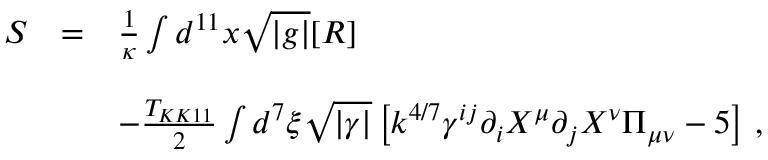
\begin{array} { r c l } { { S } } & { { = } } & { { { \frac { 1 } { \kappa } } \int d ^ { 1 1 } x \sqrt { | g | } [ R ] } } \\ { { } } & { { } } & { { } } \\ { { } } & { { } } & { { - { \frac { T _ { K K 1 1 } } { 2 } } \int d ^ { 7 } \xi \sqrt { | \gamma | } \left[ k ^ { 4 / 7 } \gamma ^ { i j } \partial _ { i } X ^ { \mu } \partial _ { j } X ^ { \nu } \Pi _ { \mu \nu } - 5 \right] \, , } } \end{array}